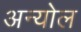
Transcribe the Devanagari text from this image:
अन्योल